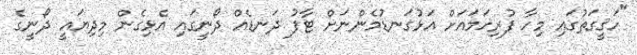
"ހަޤީގަތުގައި މިހާ ފުރިހަމައަށް އަޅުގަނޑުމެންނަށް ޓާފު ދަނޑެއް ދޯނީގައި އެޅިގެން މިދިޔައީ ދޯނީގެ